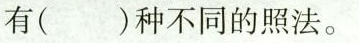
有( )种不同的照法。